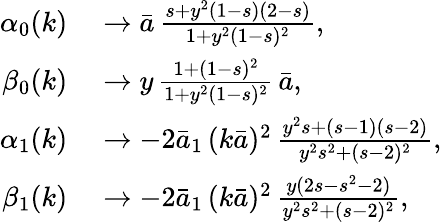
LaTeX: \begin{array}{rl}{\alpha_{0}(k)}&{{}\to\bar{a}\, \frac{s+y^{2}(1-s)(2-s)}{1+y^{2}(1-s)^{2}},}\\ {\beta_{0}(k)}&{{}\to y\, \frac{1+(1-s)^{2}}{1+y^{2}(1-s)^{2}}\, \bar{a},}\\ {\alpha_{1}(k)}&{{}\to-2\bar{a}_{1}\, (k\bar{a})^{2}\, \frac{y^{2}s+(s-1)(s-2)}{y^{2}s^{2}+(s-2)^{2}},}\\ {\beta_{1}(k)}&{{}\to-2\bar{a}_{1}\, (k\bar{a})^{2}\, \frac{y(2s-s^{2}-2)}{y^{2}s^{2}+(s-2)^{2}},}\end{array}